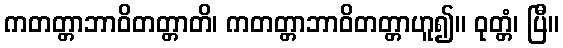
ကတတ္တာဘာဝိတတ္တာတိ၊ ကတတ္တာဘာဝိတတ္တာဟူ၍။ ဝုတ္တံ၊ ပြီ။